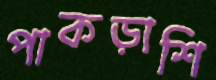
পাকড়াশি